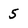
Character: 5